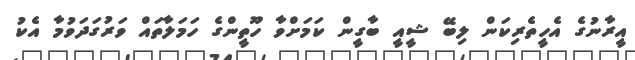
އީރާނުގެ އެހީތެރިކަން ލިބޭ ޝީއީ ބާގީން ކަމަށްވާ ހޫތީންގެ ހަމަލާތައް ވަރުގަދަވުމާ އެކު